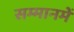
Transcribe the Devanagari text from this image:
सम्मानमें